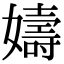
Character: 嬦